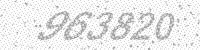
Solution: 963820